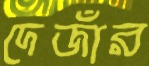
দেজাঁর